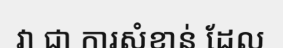
វា ជា ការសំខាន់ ដែល